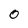
Character: 0